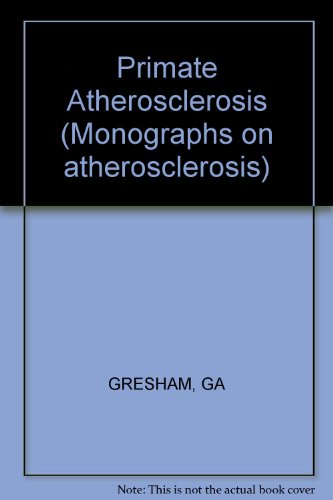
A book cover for Primate Atherosclerosis (Monographs on Atherosclerosis, Vol. 7); G.A. Gresham; Medical Books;